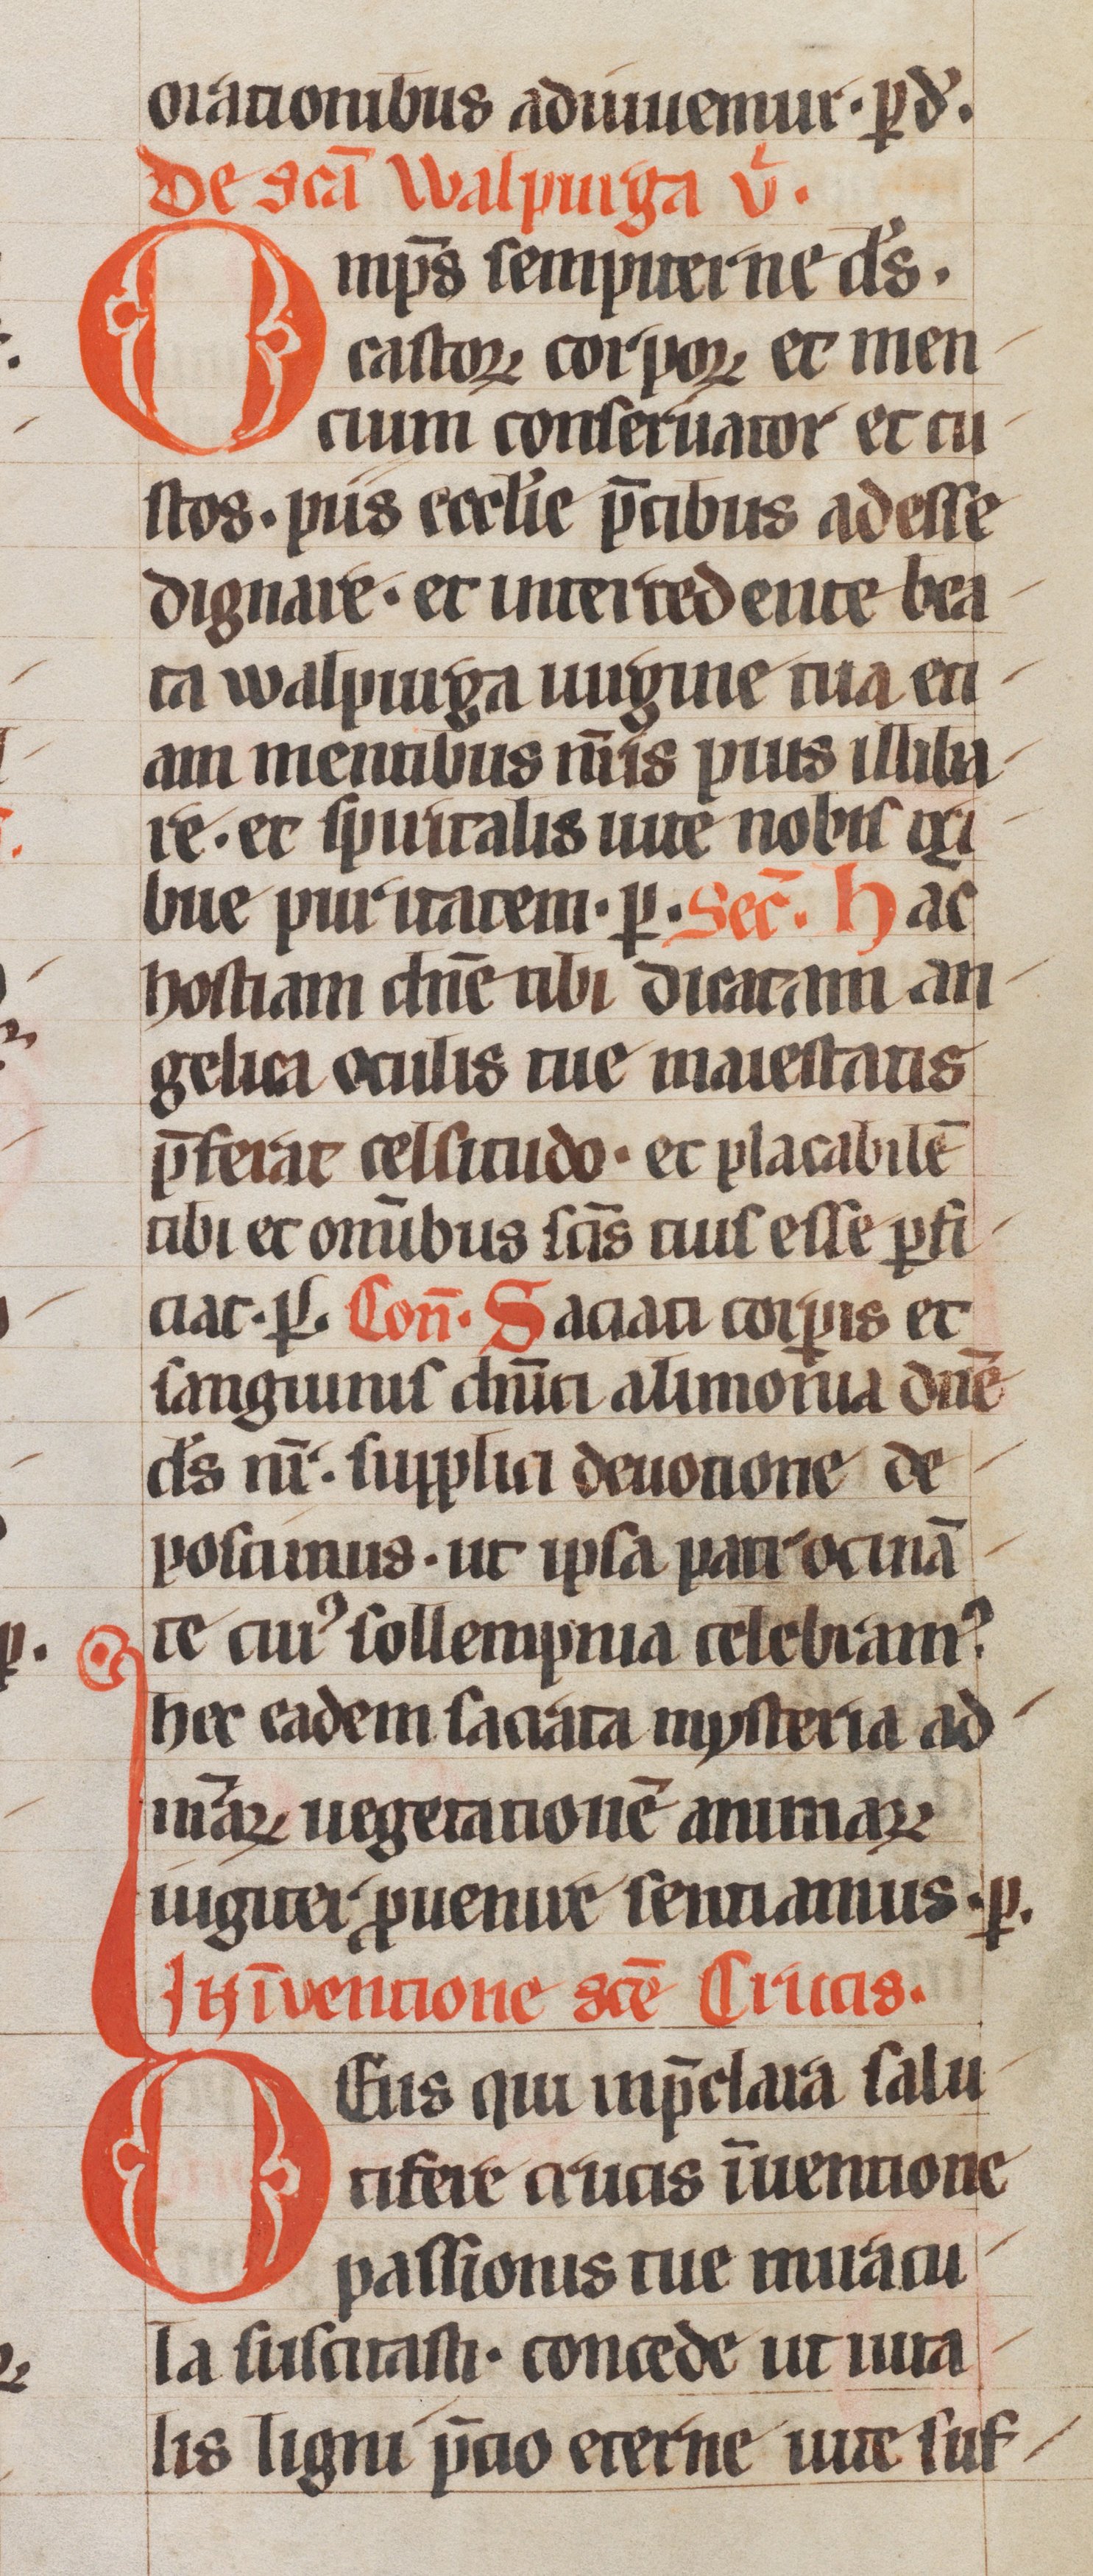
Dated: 1250–1299